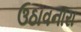
ઉઠાવનારા